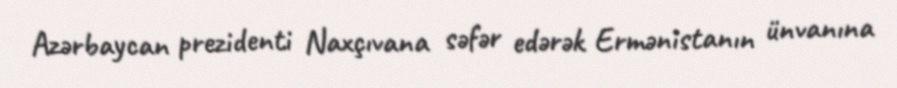
Azərbaycan prezidenti Naxçıvana səfər edərək Ermənistanın ünvanına